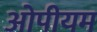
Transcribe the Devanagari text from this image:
ओपीयम